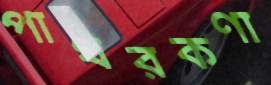
পাথরকণা